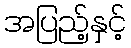
အပြည့်နှင့်